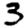
Digit: 3